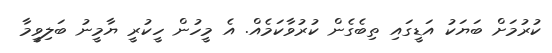
ކުރުމަށް ބަޔަކު އަޑީގައި ތިބެގެން ކުރުވާކަމެއް. އެ މީހުން ހީކުރީ ޔާމީނު ބަލިވީމާ